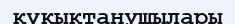
құқықтанушылары